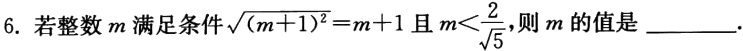
6. 若整数\(m\)满足条件\(\sqrt{(m + 1)^2}=m + 1\)且\(m<\frac{2}{\sqrt{5}}\)，则\(m\)的值是 ________.